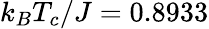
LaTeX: k_{B}T_{c}/J=0.8933